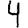
Digit: 4